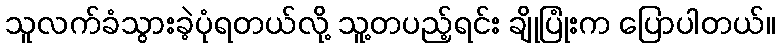
သူလက်ခံသွားခဲ့ပုံရတယ်လို့ သူ့တပည့်ရင်း ချိုပြုံးက ပြောပါတယ်။